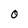
Character: 0